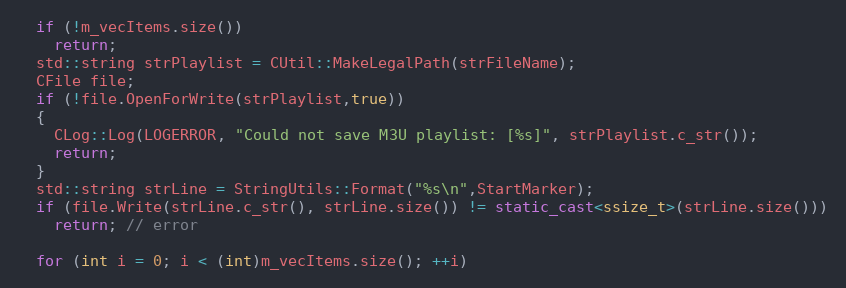
Language: C++
  if (!m_vecItems.size())
    return;
  std::string strPlaylist = CUtil::MakeLegalPath(strFileName);
  CFile file;
  if (!file.OpenForWrite(strPlaylist,true))
  {
    CLog::Log(LOGERROR, "Could not save M3U playlist: [%s]", strPlaylist.c_str());
    return;
  }
  std::string strLine = StringUtils::Format("%s\n",StartMarker);
  if (file.Write(strLine.c_str(), strLine.size()) != static_cast<ssize_t>(strLine.size()))
    return; // error

  for (int i = 0; i < (int)m_vecItems.size(); ++i)